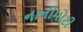
નાનીમોટી